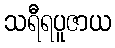
သရီရပူဇာယ